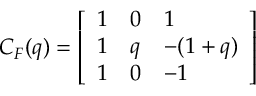
C _ { F } ( q ) = \left[ \begin{array} { l l l } { { 1 } } & { { 0 } } & { { 1 } } \\ { { 1 } } & { { q } } & { { - ( 1 + q ) } } \\ { { 1 } } & { { 0 } } & { { - 1 } } \end{array} \right]